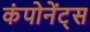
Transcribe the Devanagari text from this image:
कंपोनेंट्स